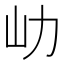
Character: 𡴽